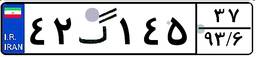
۳۸گ۳۱۷۵۵